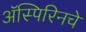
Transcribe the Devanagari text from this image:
ॲस्पिरिनचे